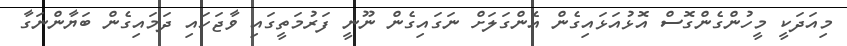
މިއަދަކީ މީހުންގެންގޮސް އޮޅުއަޅައިގެން އެންގަލަށް ނަގައިގެން ނޫނީ ފަރުމަތީގައި ވާޖަހައި ދަމައިގެން ބަޔާންނަގާ